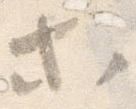
等